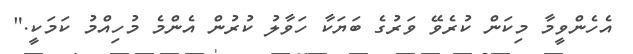
އެހެންވީމާ މިކަން ކުރެވޭ ވަރުގެ ބަޔަކާ ހަވާލު ކުރުން އެންމެ މުހިއްމު ކަމަކީ."